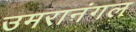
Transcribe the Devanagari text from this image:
उमरानंगल